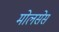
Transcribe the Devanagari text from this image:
मोलसेस